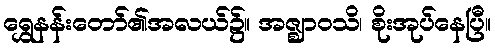
ရွှေနန်းတော်၏အလယ်၌။ အဇ္ဈာဝသိ၊ စိုးအုပ်နေပြီ။